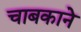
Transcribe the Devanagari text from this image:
चाबकाने